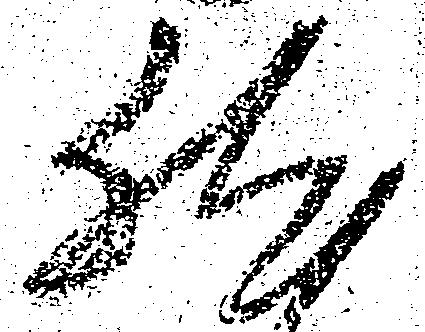
然